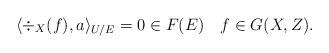
LaTeX: \begin{align*}\langle \div_{X}(f), a \rangle_{U/E}=0\in F(E)\quad f\in G(X,Z).\end{align*}